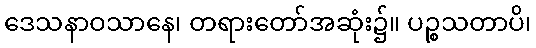
ဒေသနာဝသာနေ၊ တရားတော်အဆုံး၌။ ပဉ္စသတာပိ၊